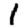
Digit: 1